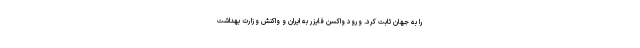
را به جهان ثابت کرد. ورود واکسن فایزر به ایران و واکنش وزارت بهداشت